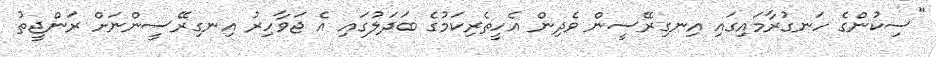
"ސިކުންގެ ހަނގުރާމައިގައި އިނގިރޭސީން ވެދިން އެހީތެރިކަމުގެ ބަދަލުގައި އެ ޖަވާހިރު އިނގިރޭސީންނަށް ރަންޖީތު